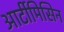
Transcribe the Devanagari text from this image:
आर्टीमिसिन